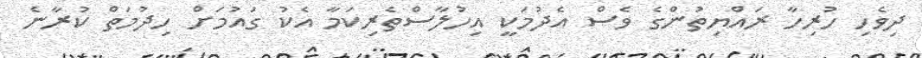
ދިވެހި ހުރިހާ ރައްޔިތުންގެ ވެސް އެދުމަކީ އިހުލާސްތެރިކަމާ އެކު ގައުމަށް ހިދުމަތް ކުރާނެ